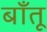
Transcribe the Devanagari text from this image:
बाँतू